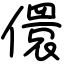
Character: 儇